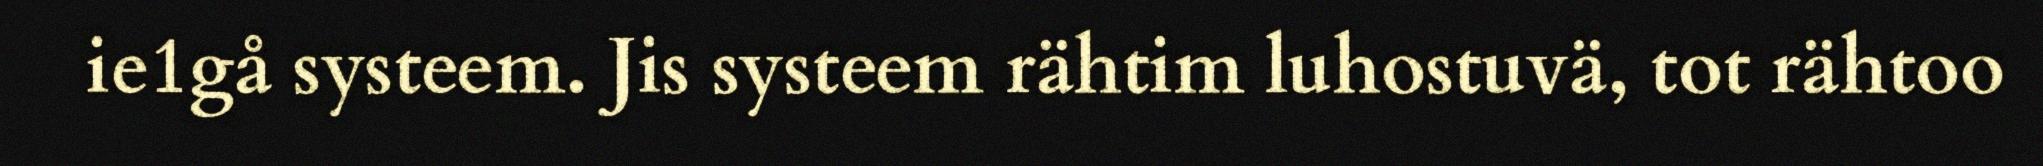
ie1gå systeem. Jis systeem rähtim luhostuvä, tot rähtoo